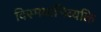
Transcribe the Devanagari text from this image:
विस्मयाभिव्यक्ति